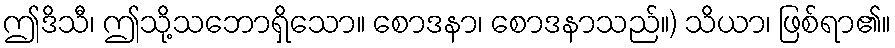
ဤဒိသီ၊ ဤသို့သဘောရှိသော။ စောဒနာ၊ စောဒနာသည်။) သိယာ၊ ဖြစ်ရာ၏။